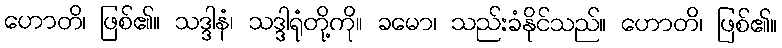
ဟောတိ၊ ဖြစ်၏။ သဒ္ဒါနံ၊ သဒ္ဒါရုံတို့ကို။ ခမော၊ သည်းခံနိုင်သည်။ ဟောတိ၊ ဖြစ်၏။